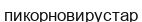
пикорновирустар